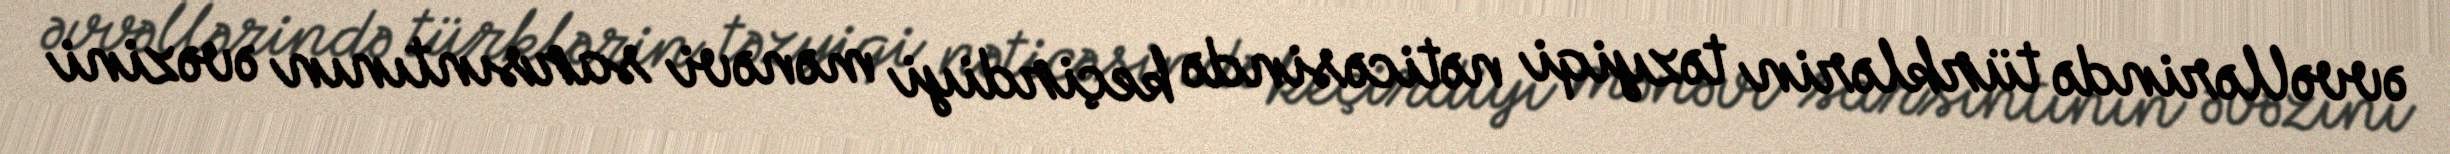
əvvəllərində türklərin təzyiqi nəticəsində keçirdiyi mənəvi sarsıntının əvəzini